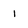
Character: 1